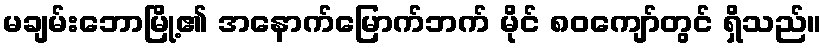
မချမ်းဘောမြို့၏ အနောက်မြောက်ဘက် မိုင် ၈၀ကျော်တွင် ရှိသည်။